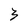
Character: 3